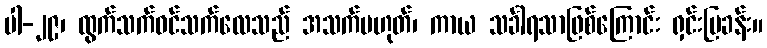
ပါ-၂၉၊ ထွက်သက်ဝင်သက်လေသည် အသက်မဟုတ်၊ ကာယ သင်္ခါရသာဖြစ်ကြောင်း ရှင်းပြခန်း။